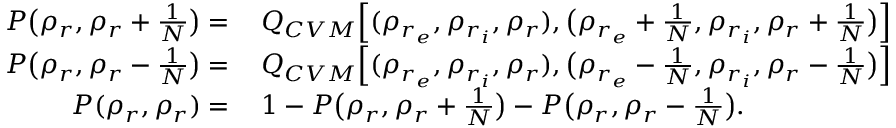
\begin{array} { r l } { P \big ( \rho _ { r } , \rho _ { r } + \frac { 1 } { N } \big ) = } & { { } \, Q _ { C V M } \Big [ ( \rho _ { r _ { e } } , \rho _ { r _ { i } } , \rho _ { r } ) , \big ( \rho _ { r _ { e } } + \frac { 1 } { N } , \rho _ { r _ { i } } , \rho _ { r } + \frac { 1 } { N } \big ) \Big ] } \\ { P \big ( \rho _ { r } , \rho _ { r } - \frac { 1 } { N } \big ) = } & { { } \, Q _ { C V M } \Big [ ( \rho _ { r _ { e } } , \rho _ { r _ { i } } , \rho _ { r } ) , \big ( \rho _ { r _ { e } } - \frac { 1 } { N } , \rho _ { r _ { i } } , \rho _ { r } - \frac { 1 } { N } \big ) \Big ] } \\ { P ( \rho _ { r } , \rho _ { r } ) = } & { { } \, 1 - P \big ( \rho _ { r } , \rho _ { r } + \frac { 1 } { N } \big ) - P \big ( \rho _ { r } , \rho _ { r } - \frac { 1 } { N } \big ) . } \end{array}